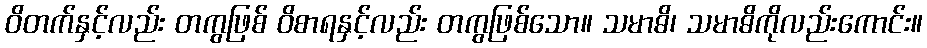
ဝိတက်နှင့်လည်း တကွဖြစ် ဝိစာရနှင့်လည်း တကွဖြစ်သော။ သမာဓိ၊ သမာဓိကိုလည်းကောင်း။